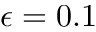
\epsilon = 0 . 1